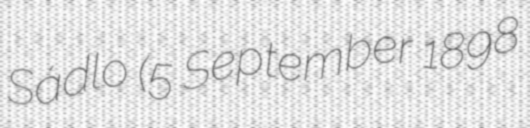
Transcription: Sádlo (5 September 1898